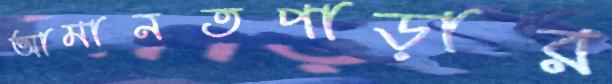
আমানতপাড়ার